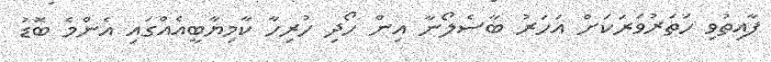
ފާއިތުވި ހަތަރުވަރަކަށް އަހަރު ބާސެލޯނާ އިން ހޯދި ހުރިހާ ކާމިޔާބީއެއްގައި އެންމެ ބޮޑު